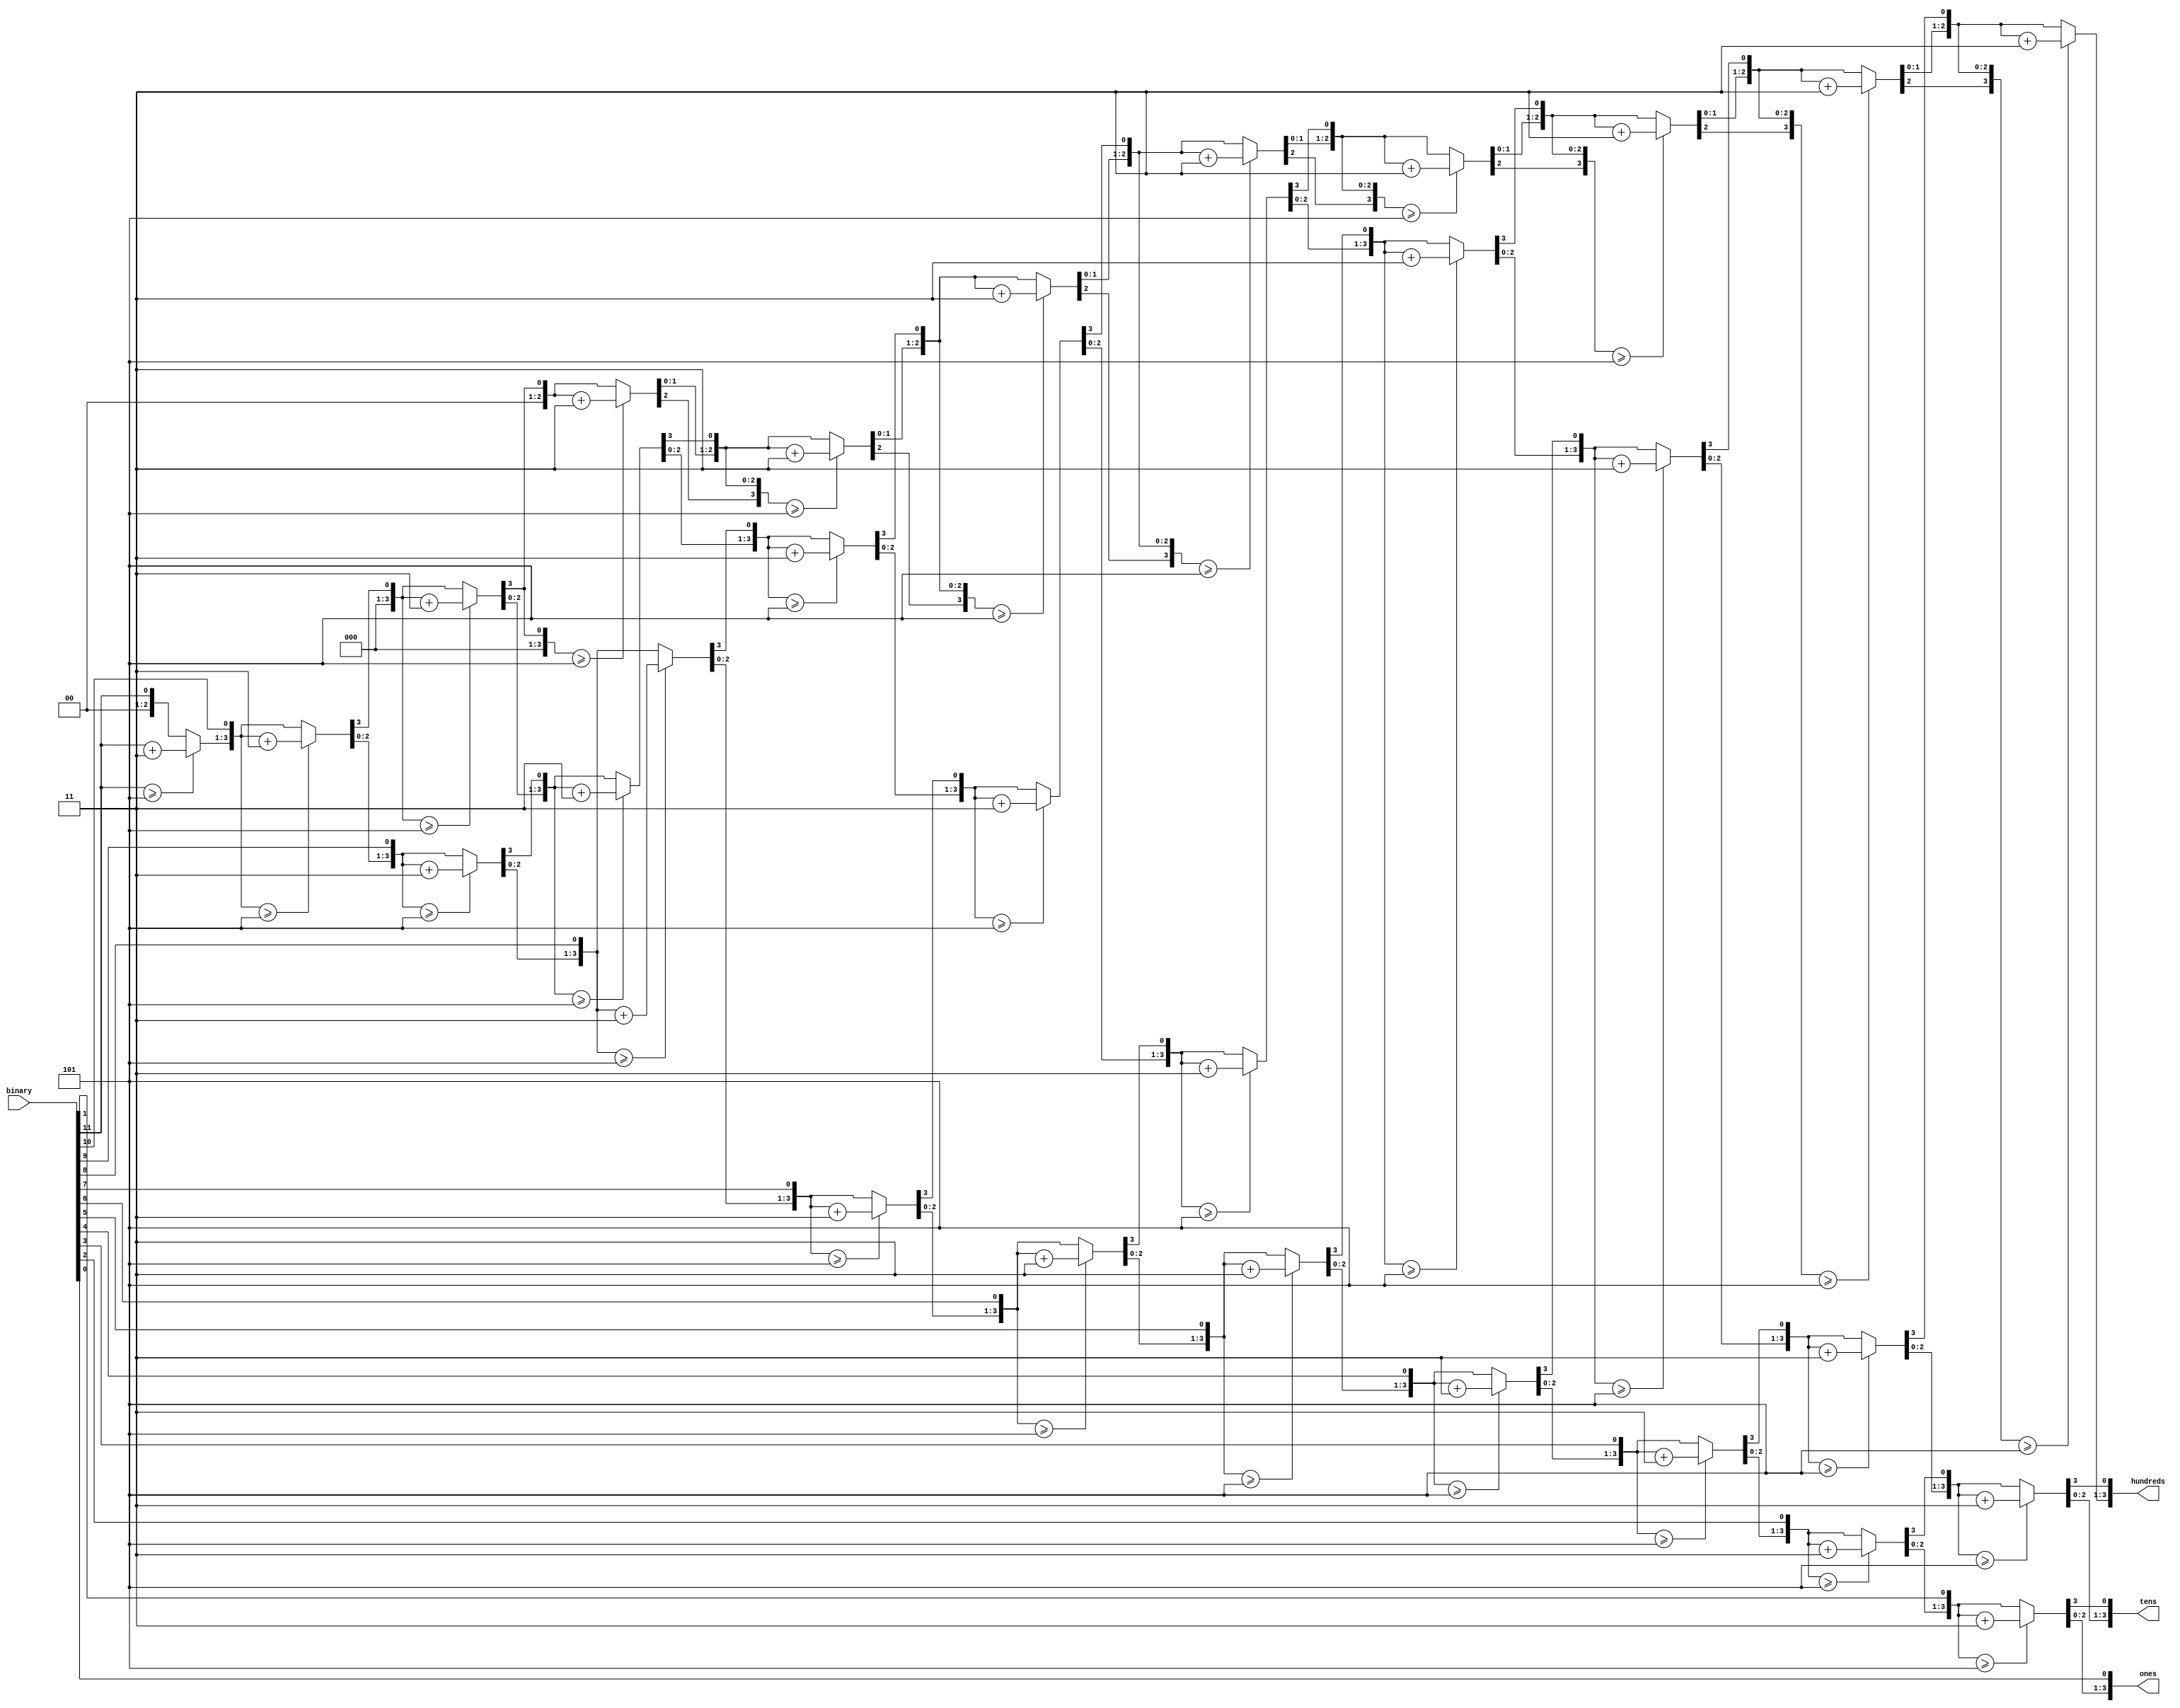
/*************************************************************
Design Name 	: bh_to_bcd
File Name   	: bh_to_bcd.v
Function    	: 8-bit binary/hexadecimal to binary-coded decimal converter
programmer    	: 
Last Modified	: 07-12-2015
*************************************************************/

module bh_to_bcd(
	//----------------Input ports------------------------------
		input wire[11:0] binary,
	//----------------Output ports-----------------------------
		output reg[3:0] hundreds,
		output reg[3:0] tens,
		output reg[3:0] ones);

	integer i;

	always @(binary) begin
		// set 100's, 10's, and 1's to zero
		hundreds = 4'd0;
		tens = 4'd0;
		ones = 4'd0;
			
		for (i = 11; i >= 0; i = i - 1) begin
			// add 3 to columns >= 5
			if (hundreds >= 5)
            hundreds = hundreds + 3;
			if (tens >= 5)
				tens = tens + 3;
			if (ones >= 5)
				ones = ones + 3;
			
			// shift left one
			hundreds = hundreds << 1;
			hundreds[0] = tens[3];
			tens = tens << 1;
			tens[0] = ones[3];
			ones = ones << 1;
			ones[0] = binary[i];
		end
	end
	
endmodule